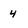
Character: 4